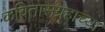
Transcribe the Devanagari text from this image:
कवितासंग्रहाच्या